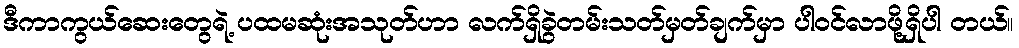
ဒီကာကွယ်ဆေးတွေရဲ့ ပထမဆုံးအသုတ်ဟာ လက်ရှိခွဲတမ်းသတ်မှတ်ချက်မှာ ပါဝင်လာဖို့ရှိပါ တယ်။